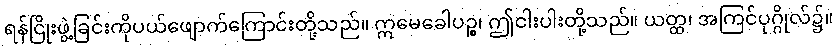
ရန်ငြိုးဖွဲ့ခြင်းကိုပယ်ဖျောက်ကြောင်းတို့သည်။ ဣမေခေါပဉ္စ၊ ဤငါးပါးတို့သည်။ ယတ္ထ၊ အကြင်ပုဂ္ဂိုလ်၌။